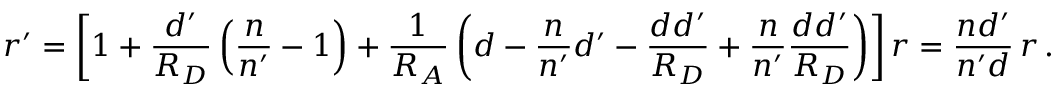
\boldsymbol r ^ { \prime } = \left[ 1 + { \frac { d ^ { \prime } } { R _ { D } } } \left( { \frac { n } { n ^ { \prime } } } - 1 \right) + { \frac { 1 } { R _ { A } } } \left( d - { \frac { n } { n ^ { \prime } } } d ^ { \prime } - { \frac { d d ^ { \prime } } { R _ { D } } } + { \frac { n } { n ^ { \prime } } } { \frac { d d ^ { \prime } } { R _ { D } } } \right) \right] \boldsymbol r = { \frac { n d ^ { \prime } } { n ^ { \prime } d } } \, \boldsymbol r \, .